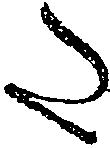
た